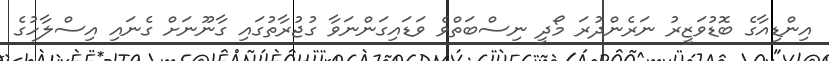
އިންޑިއާގެ ބޮޑުވަޒީރު ނަރެންދުރަ މޯދީ ނިސްބަތްވެ ވަޑައިގަންނަވާ ގުޖުރާތުގައި ގާނޫނަށް ގެނައި އިސްލާހުގެ